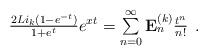
LaTeX: \begin{align*}\begin{array}{c}\frac{2Li_k(1-e^{-t})}{1+e^t}e^{xt}=\sum\limits_{n=0}^{\infty}\mathbf{E}_{n}^{(k)}{t^{n}\over n!}\end{array}.\end{align*}